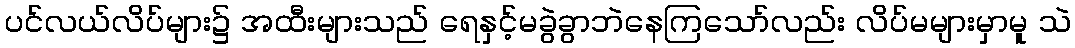
ပင်လယ်လိပ်များ၌ အထီးများသည် ရေနှင့်မခွဲခွာဘဲနေကြသော်လည်း လိပ်မများမှာမူ သဲ